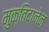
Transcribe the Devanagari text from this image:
मुक्तिदानेन